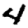
Digit: 4